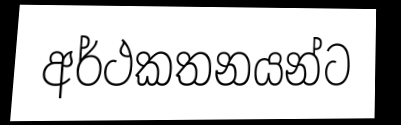
අර්ථකතනයන්ට